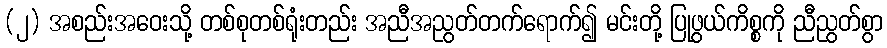
(၂) အစည်းအဝေးသို့ တစ်စုတစ်ရုံးတည်း အညီအညွတ်တက်ရောက်၍ မင်းတို့ ပြုဖွယ်ကိစ္စကို ညီညွတ်စွာ